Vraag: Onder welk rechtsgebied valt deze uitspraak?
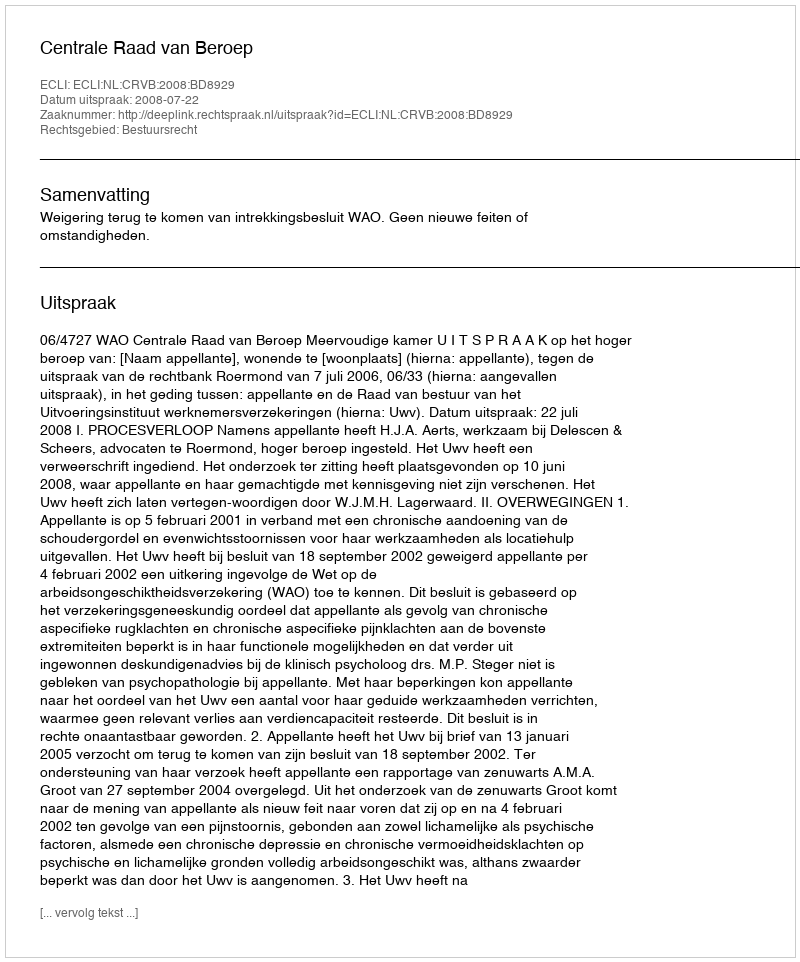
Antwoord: Bestuursrecht